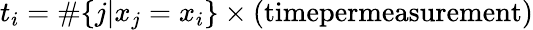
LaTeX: t_{i}=\# \{ j|x_{j}=x_{i}\} \times(\textup{timepermeasurement})